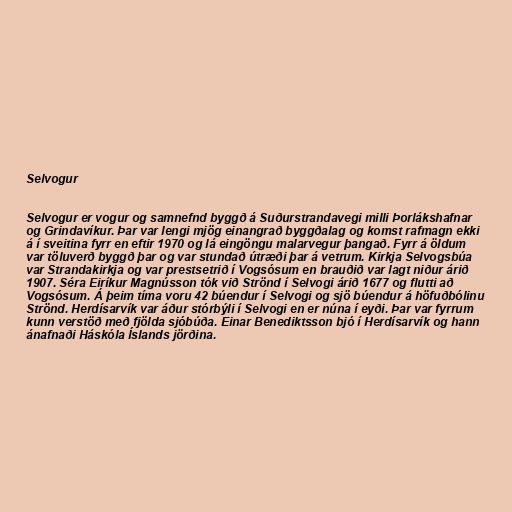
Selvogur

Selvogur er vogur og samnefnd byggð á Suðurstrandavegi milli Þorlákshafnar
og Grindavíkur. Þar var lengi mjög einangrað byggðalag og komst rafmagn ekki
á í sveitina fyrr en eftir 1970 og lá eingöngu malarvegur þangað. Fyrr á öldum
var töluverð byggð þar og var stundað útræði þar á vetrum. Kirkja Selvogsbúa
var Strandakirkja og var prestsetrið í Vogsósum en brauðið var lagt niður árið
1907. Séra Eiríkur Magnússon tók við Strönd í Selvogi árið 1677 og flutti að
Vogsósum. Á þeim tíma voru 42 búendur í Selvogi og sjö búendur á höfuðbólinu
Strönd. Herdísarvík var áður stórbýli í Selvogi en er núna í eyði. Þar var fyrrum
kunn verstöð með fjölda sjóbúða. Einar Benediktsson bjó í Herdísarvík og hann
ánafnaði Háskóla Íslands jörðina.